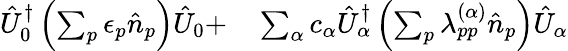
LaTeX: \begin{array}{rl}{\hat{U}_{0}^{\dagger}\left(\sum_{p}\epsilon_{p}\hat{n}_{p}\right)\hat{U}_{0}+}&{{}\sum_{\alpha}c_{\alpha}\hat{U}_{\alpha}^{\dagger}\left(\sum_{p}\lambda_{pp}^{(\alpha)}\hat{n}_{p}\right)\hat{U}_{\alpha}}\end{array}